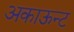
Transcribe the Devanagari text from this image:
अकाऊन्ट